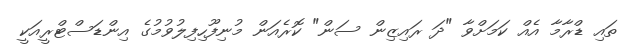
ތައި ޑްރާމާ އެއް ކަމަށްވާ "ދަ ރައިޒިން ސަން" ކޮރެއަން މުނިފޫހިފިލުވުމުގެ އިންޑަސްޓްރީއަކީ